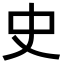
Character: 史